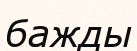
бажды